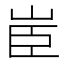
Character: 𦣟